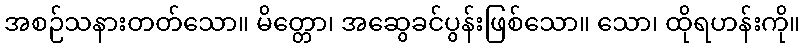
အစဉ်သနားတတ်သော။ မိတ္တော၊ အဆွေခင်ပွန်းဖြစ်သော။ သော၊ ထိုရဟန်းကို။